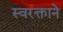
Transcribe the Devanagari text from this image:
स्‍वरक्ताने